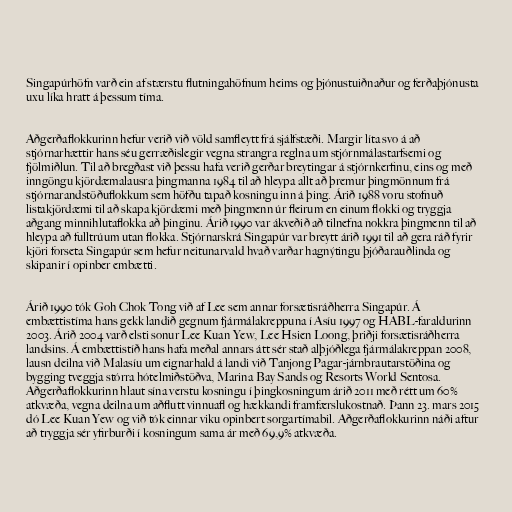
Singapúrhöfn varð ein af stærstu flutningahöfnum heims og þjónustuiðnaður og ferðaþjónusta
uxu líka hratt á þessum tíma.

Aðgerðaflokkurinn hefur verið við völd samfleytt frá sjálfstæði. Margir líta svo á að
stjórnarhættir hans séu gerræðislegir vegna strangra reglna um stjórnmálastarfsemi og
fjölmiðlun. Til að bregðast við þessu hafa verið gerðar breytingar á stjórnkerfinu, eins og með
inngöngu kjördæmalausra þingmanna 1984 til að hleypa allt að þremur þingmönnum frá
stjórnarandstöðuflokkum sem höfðu tapað kosningu inn á þing. Árið 1988 voru stofnuð
listakjördæmi til að skapa kjördæmi með þingmenn úr fleirum en einum flokki og tryggja
aðgang minnihlutaflokka að þinginu. Árið 1990 var ákveðið að tilnefna nokkra þingmenn til að
hleypa að fulltrúum utan flokka. Stjórnarskrá Singapúr var breytt árið 1991 til að gera ráð fyrir
kjöri forseta Singapúr sem hefur neitunarvald hvað varðar hagnýtingu þjóðarauðlinda og
skipanir í opinber embætti.

Árið 1990 tók Goh Chok Tong við af Lee sem annar forsætisráðherra Singapúr. Á
embættistíma hans gekk landið gegnum fjármálakreppuna í Asíu 1997 og HABL-faraldurinn
2003. Árið 2004 varð elsti sonur Lee Kuan Yew, Lee Hsien Loong, þriðji forsætisráðherra
landsins. Á embættistíð hans hafa meðal annars átt sér stað alþjóðlega fjármálakreppan 2008,
lausn deilna við Malasíu um eignarhald á landi við Tanjong Pagar-járnbrautarstöðina og
bygging tveggja stórra hótelmiðstöðva, Marina Bay Sands og Resorts World Sentosa.
Aðgerðaflokkurinn hlaut sína verstu kosningu í þingkosningum árið 2011 með rétt um 60%
atkvæða, vegna deilna um aðflutt vinnuafl og hækkandi framfærslukostnað. Þann 23. mars 2015
dó Lee Kuan Yew og við tók einnar viku opinbert sorgartímabil. Aðgerðaflokkurinn náði aftur
að tryggja sér yfirburði í kosningum sama ár með 69,9% atkvæða.